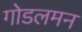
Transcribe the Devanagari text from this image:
गोडलमन